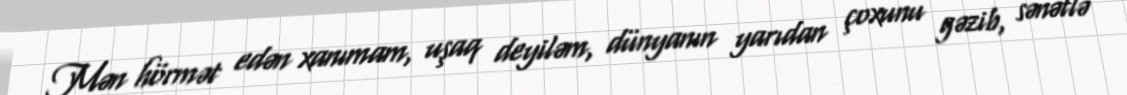
Mən hörmət edən xanımam, uşaq deyiləm, dünyanın yarıdan çoxunu gəzib, sənətlə